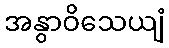
အနွာဝိသေယျံ